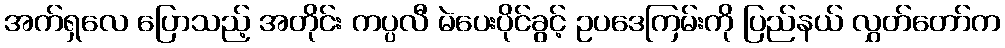
အက်ရှလေ ပြောသည့် အတိုင်း ကပ္ပလီ မဲပေးပိုင်ခွင့် ဥပဒေကြမ်းကို ပြည်နယ် လွှတ်တော်က